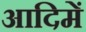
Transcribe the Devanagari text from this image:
आदिमें